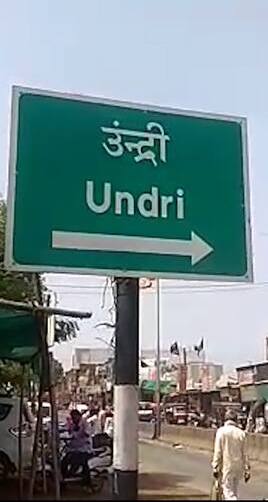
Language: marathi
Transcription: उंन्द्री